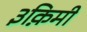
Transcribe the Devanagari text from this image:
३क़िमी